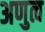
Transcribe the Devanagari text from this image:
अणुत्व